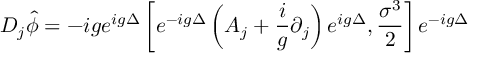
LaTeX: D _ { j } \hat { \phi } = - i g e ^ { i g \Delta } \left[ e ^ { - i g \Delta } \left( A _ { j } + \frac { i } { g } \partial _ { j } \right) e ^ { i g \Delta } , \frac { \sigma ^ { 3 } } { 2 } \right] e ^ { - i g \Delta }